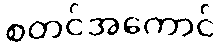
စတင်အကောင်